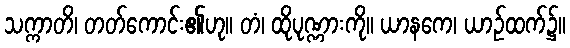
သက္ကာတိ၊ တတ်ကောင်း၏ဟု။ တံ၊ ထိုပုဏ္ဏားကို။ ယာနကေ၊ ယာဉ်ထက်၌။